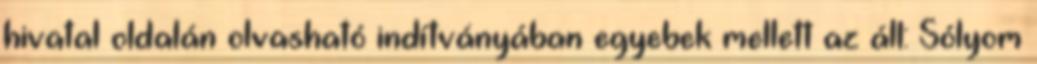
hivatal oldalán olvasható indítványában egyebek mellett az áll: Sólyom